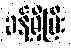
ခန့်ရှိပြီး